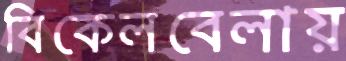
বিকেলবেলায়